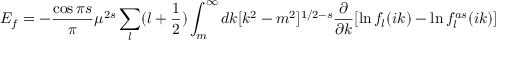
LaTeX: E _ { f } = - { \frac { \cos { \pi s } } { \pi } } \mu ^ { 2 s } \sum _ { l } ( l + \frac 1 2 ) \int _ { m } ^ { \infty } d k [ k ^ { 2 } - m ^ { 2 } ] ^ { 1 / 2 - s } \frac { \partial } { \partial k } [ \ln f _ { l } ( i k ) - \ln f _ { l } ^ { a s } ( i k ) ]